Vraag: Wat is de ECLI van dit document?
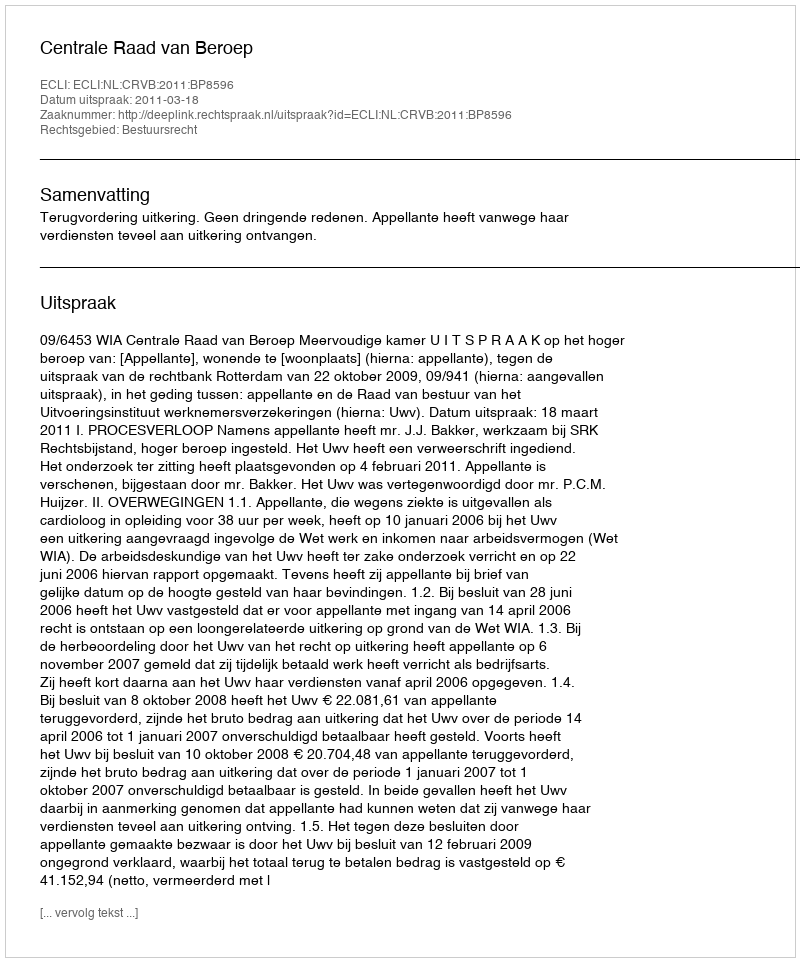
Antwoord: ECLI:NL:CRVB:2011:BP8596